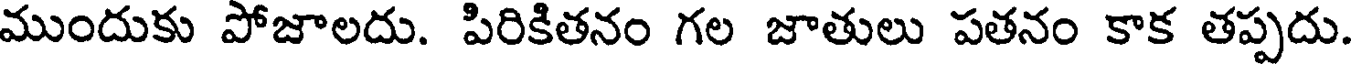
ముందుకు పోజాలదు. పిరికితనం గల జాతులు పతనం కాక తప్పదు.